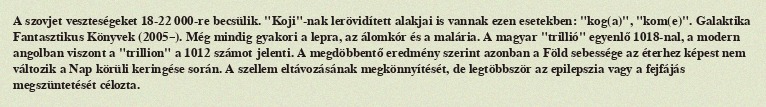
A szovjet veszteségeket 18-22 000-re becsülik. "Koji"-nak lerövidített alakjai is vannak ezen esetekben: "kog(a)", "kom(e)". Galaktika Fantasztikus Könyvek (2005–). Még mindig gyakori a lepra, az álomkór és a malária. A magyar "trillió" egyenlő 1018-nal, a modern angolban viszont a "trillion" a 1012 számot jelenti. A megdöbbentő eredmény szerint azonban a Föld sebessége az éterhez képest nem változik a Nap körüli keringése során. A szellem eltávozásának megkönnyítését, de legtöbbször az epilepszia vagy a fejfájás megszüntetését célozta.